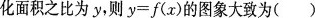
化面积之比为y，则$$y = f ( x )$$的图象大致为()